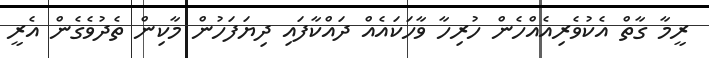
ރީމާ ގާތް އެކުވެރިއެއްހެން ހުރިހާ ވާހަކައެއް ދައްކާފައި ދިޔަފަހުން މާކިން ތެދުވެގެން އެރީ